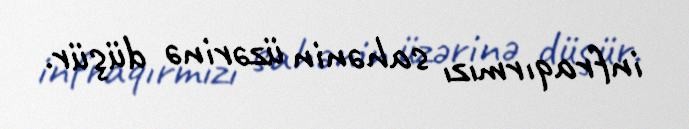
infraqırmızı sahənin üzərinə düşür.